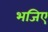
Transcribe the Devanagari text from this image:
भजिए